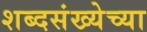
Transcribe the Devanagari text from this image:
शब्दसंख्येच्या